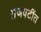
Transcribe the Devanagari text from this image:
राजवटींत